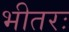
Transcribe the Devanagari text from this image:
भीतरः